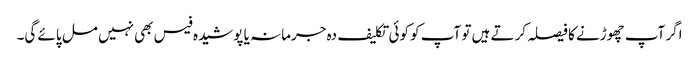
اگر آپ چھوڑنے کا فیصلہ کرتے ہیں تو آپ کو کوئی تکلیف دہ جرمانہ یا پوشیدہ فیس بھی نہیں مل پائے گی۔